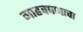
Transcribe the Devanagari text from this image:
गाढवपणाचा